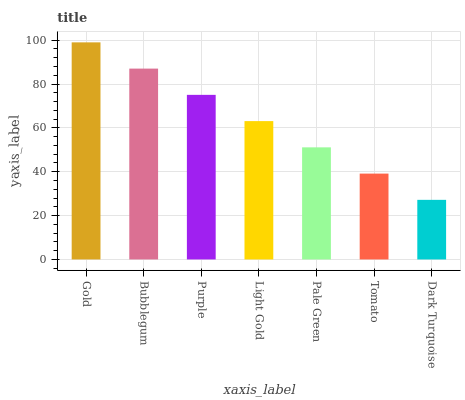
| xaxis_label | bars |
 | --- | --- |
 | Gold | 99 |
 | Bubblegum | 87 |
 | Purple | 75.1 |
 | Light Gold | 63.1 |
 | Pale Green | 51.1 |
 | Tomato | 39.2 |
 | Dark Turquoise | 27.2 |